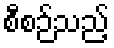
စီစဉ်သည့်